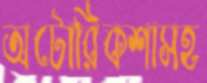
অটোরিকশাসহ